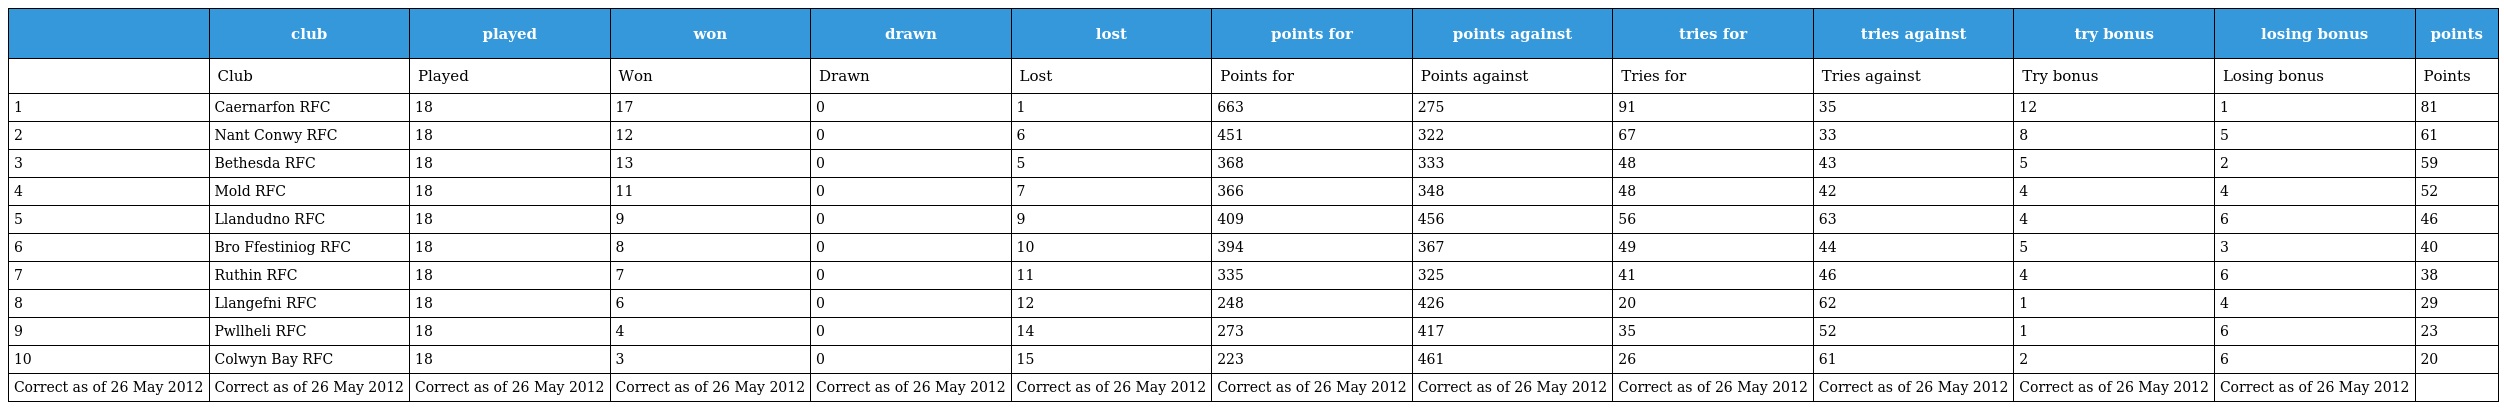
|  | club | played | won | drawn | lost | points for | points against | tries for | tries against | try bonus | losing bonus | points |
 | --- | --- | --- | --- | --- | --- | --- | --- | --- | --- | --- | --- | --- |
 |  | Club | Played | Won | Drawn | Lost | Points for | Points against | Tries for | Tries against | Try bonus | Losing bonus | Points |
 | 1 | Caernarfon RFC | 18 | 17 | 0 | 1 | 663 | 275 | 91 | 35 | 12 | 1 | 81 |
 | 2 | Nant Conwy RFC | 18 | 12 | 0 | 6 | 451 | 322 | 67 | 33 | 8 | 5 | 61 |
 | 3 | Bethesda RFC | 18 | 13 | 0 | 5 | 368 | 333 | 48 | 43 | 5 | 2 | 59 |
 | 4 | Mold RFC | 18 | 11 | 0 | 7 | 366 | 348 | 48 | 42 | 4 | 4 | 52 |
 | 5 | Llandudno RFC | 18 | 9 | 0 | 9 | 409 | 456 | 56 | 63 | 4 | 6 | 46 |
 | 6 | Bro Ffestiniog RFC | 18 | 8 | 0 | 10 | 394 | 367 | 49 | 44 | 5 | 3 | 40 |
 | 7 | Ruthin RFC | 18 | 7 | 0 | 11 | 335 | 325 | 41 | 46 | 4 | 6 | 38 |
 | 8 | Llangefni RFC | 18 | 6 | 0 | 12 | 248 | 426 | 20 | 62 | 1 | 4 | 29 |
 | 9 | Pwllheli RFC | 18 | 4 | 0 | 14 | 273 | 417 | 35 | 52 | 1 | 6 | 23 |
 | 10 | Colwyn Bay RFC | 18 | 3 | 0 | 15 | 223 | 461 | 26 | 61 | 2 | 6 | 20 |
 | Correct as of 26 May 2012 | Correct as of 26 May 2012 | Correct as of 26 May 2012 | Correct as of 26 May 2012 | Correct as of 26 May 2012 | Correct as of 26 May 2012 | Correct as of 26 May 2012 | Correct as of 26 May 2012 | Correct as of 26 May 2012 | Correct as of 26 May 2012 | Correct as of 26 May 2012 | Correct as of 26 May 2012 |  |